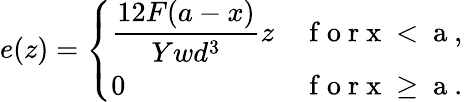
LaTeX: e(z)=\left\{ \begin{array}{ll}{\displaystyle{\frac{12F(a-x)}{Ywd^{3}}z}}&{\mathrm{~f~o~r~x~<~a~,~}}\\ {0}&{\mathrm{~f~o~r~x~\geq~a~.~}}\end{array}\right.